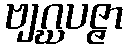
ဗျဂ္ဃပဇ္ဇာ